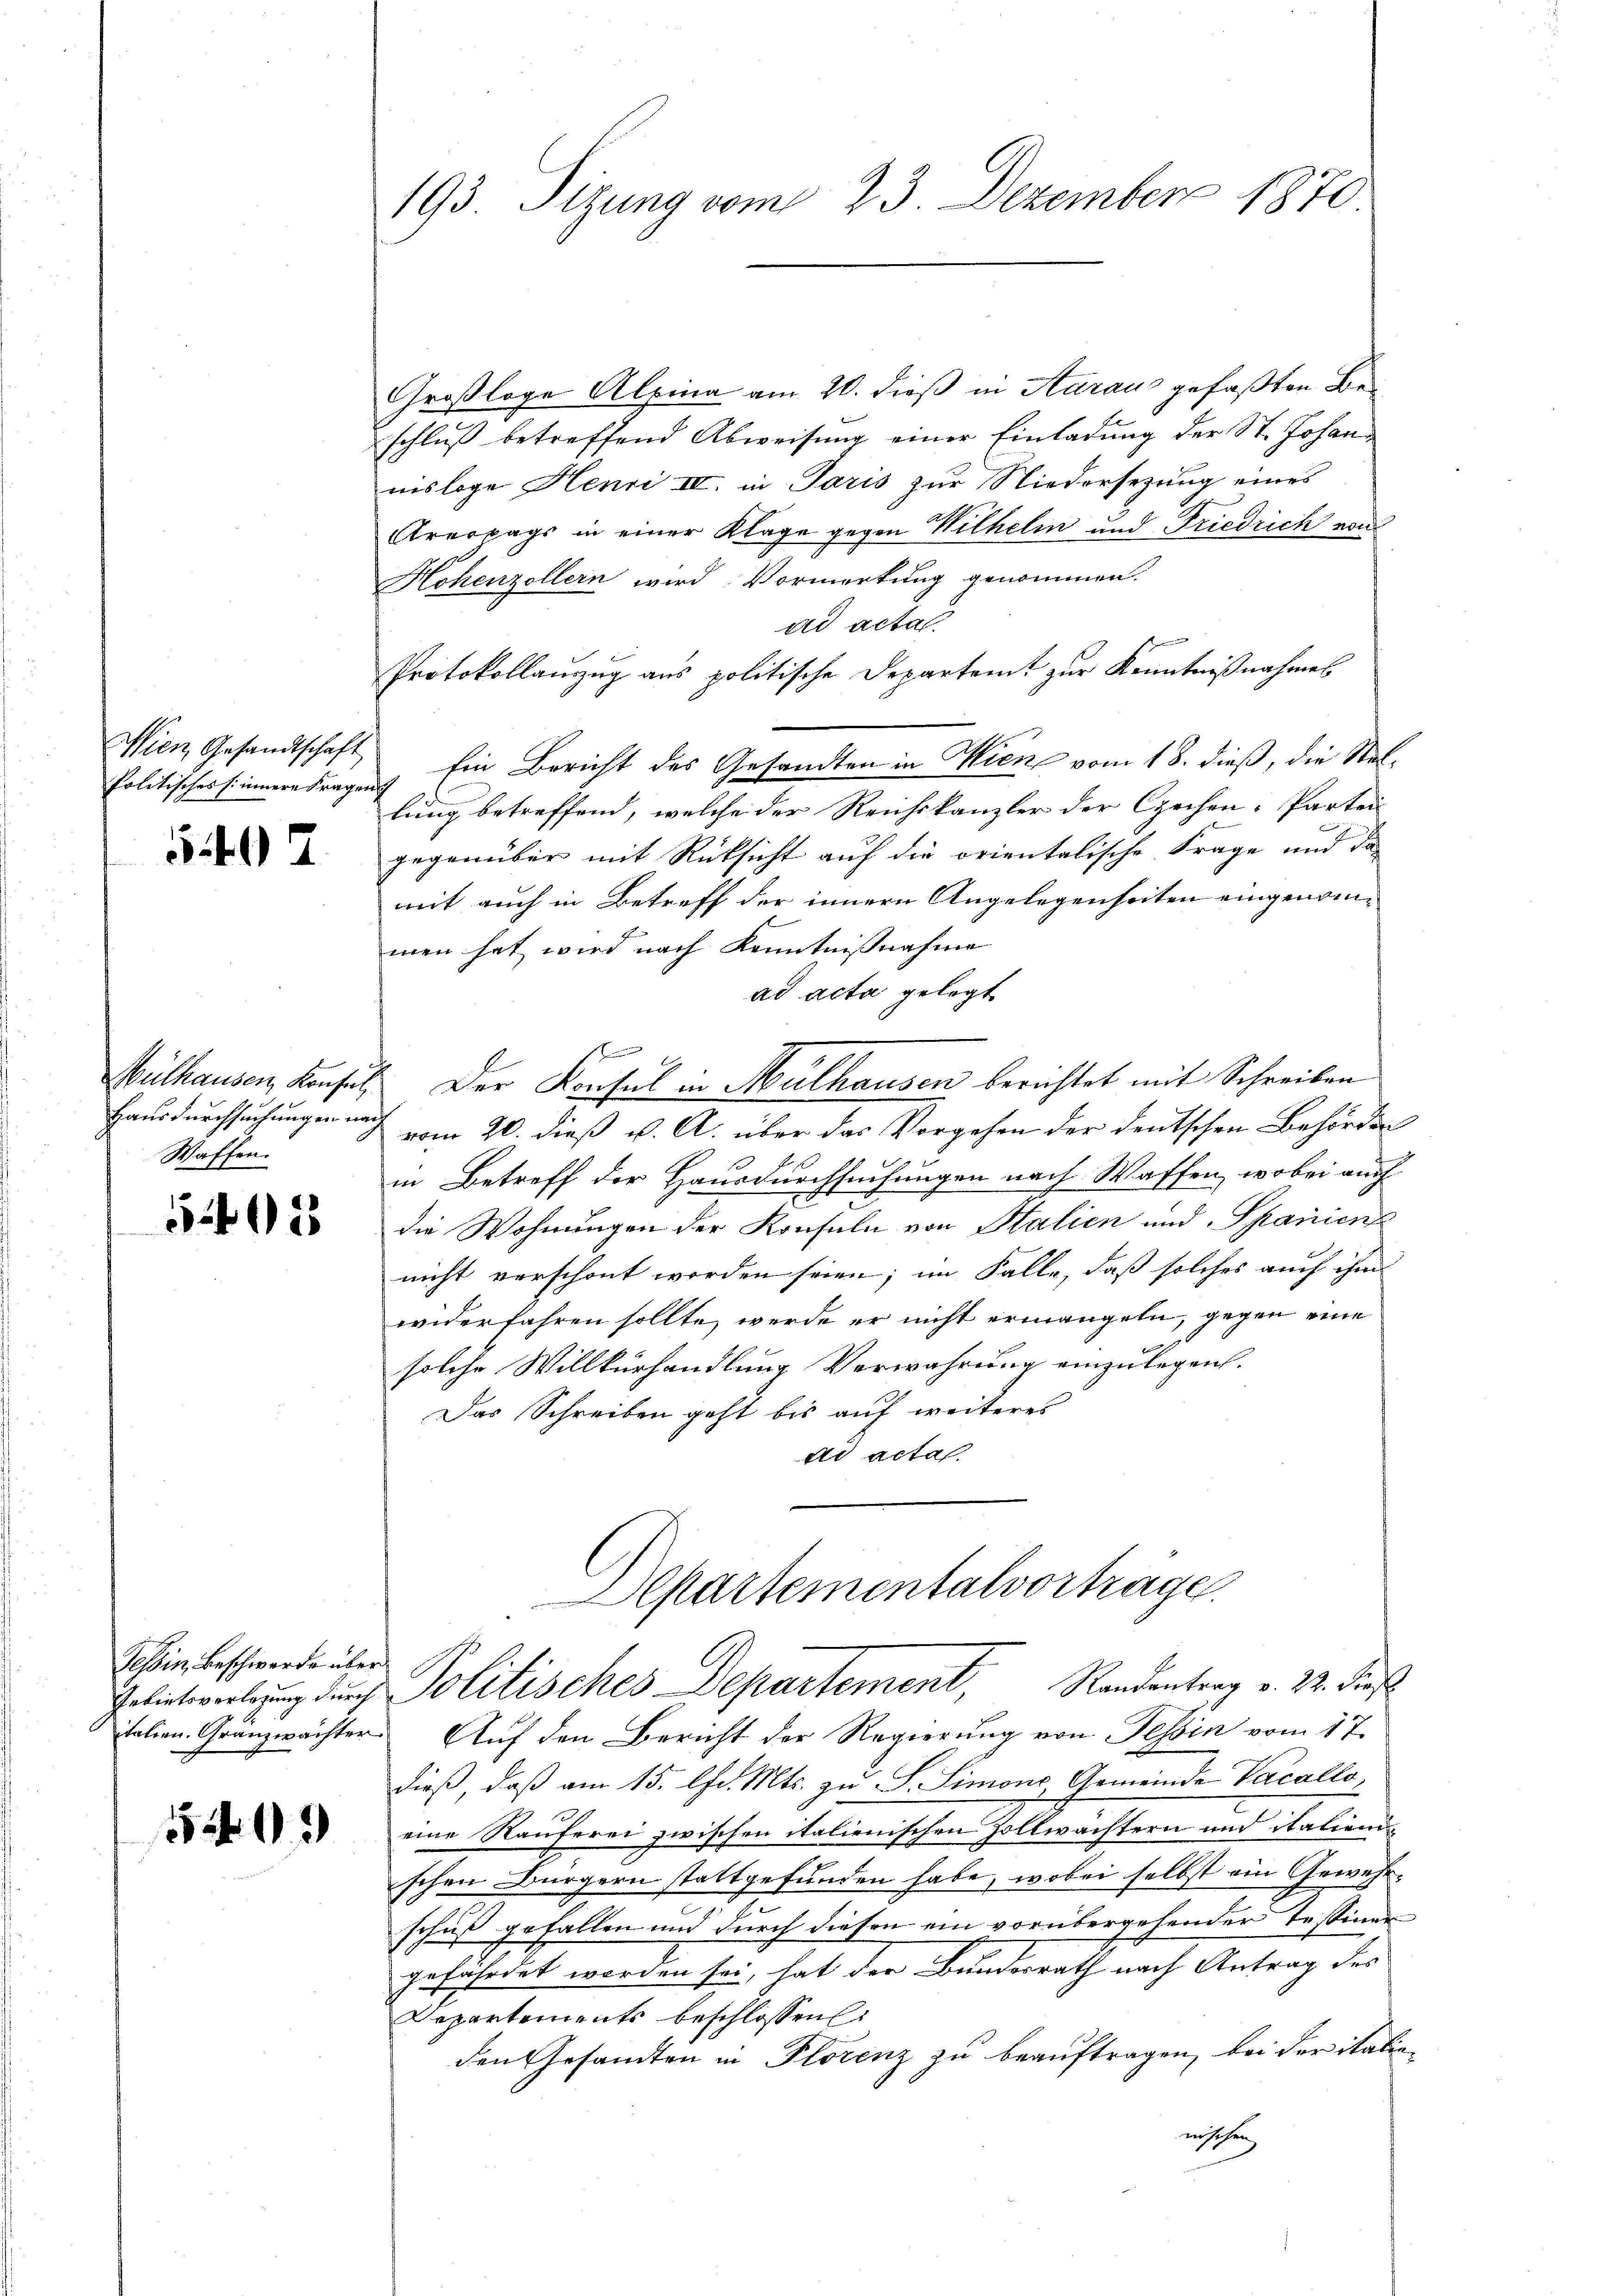
politisches sinnere Fragen

5407

Waffen.

55202

Tessin, Beschwerde über

540.

193. Sizung vom 23. Dezember 1870

Großloge Alpina am 20. dieß in Aaraus gefaßten Beschluß betreffend Abweisung einer Einladung der St. Johan
nisloge Henri IV. in Paris zur Niedersezung eines
Arertags in einer Klage gegen Wilhelm und Friedrich von
Hohenzollern wird Vormerkung genommen.
ad actal.
n
Protokollanzug aus politische Departamt zur Kenntnißnahmes
Wien, Gesandtschaft Ein Bericht des Gesandten in Wien vom 18. dieß, die Stellung betreffend, welche der Reichskanzler der Czechen-Partei
gegenüber mit Rücksicht auf die orientalische Frage und da
mit auch in Betreff der innern Angelegenheiten eingenommen hat wird nach Kenntnißnahme
ad acta gelegt
Mülhausen Konsul Der Konsul in Mülhausen berichtet mit Schreiben
Hausdurchsuchungen nach vom 20. dieß v. A. über das Vorgehen der deutschen Behörden
in Betreff der Hausdurchsuchungen nach Waffen, wobei auch
die Wohnungen der Konsuln von Stalien und Spanien
nicht verschont worden seien; im Falle, daß solches auch ihm
widerfahren sollte, werde er nicht ermangeln, gegen eine
solche Willkurhandlung Verwahrung einzulegen.
Das Schreiben geht bis auf weiteres
ad acta

italien Gränzwächter Auf den Bericht der Regierung von Tessin vom 17.
dieß, daß am 15. d. Mts. zu S. Simone Gemeinde Vacallo,
eine Rauferei zwischen italienischen Zollwächtern und italiend
schen Bürgern stattgefunden habe, wobei selbst ein Gewehrschuß gefallen und durch diesen ein vorübergehender Tessiner
gefährdet worden sei, hat der Bundesrath nach Antrag des
Departements beschlossen:
den Gesandten in Florenz zu beauftragen, bei der italieunschen,

Departementalvortrage.
Golintwortung durch Politisches Departement, Randentrag v. 22. dies